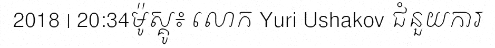
2018 | 20:34ម៉ូស្គូ៖ លោក Yuri Ushakov ជំនួយការ